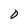
Character: D